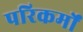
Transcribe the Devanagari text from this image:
परिकर्मों